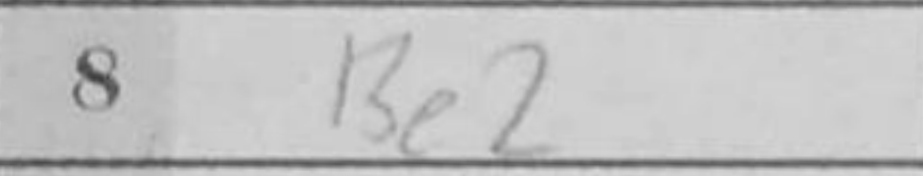
Transcription: Be2